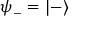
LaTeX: { \boldsymbol { \psi } } _ { - } = | - \rangle